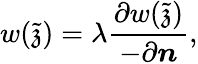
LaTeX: w(\tilde{\mathfrak{z}})=\lambda\frac{\partial w(\tilde{\mathfrak{z}})}{-\partial\boldsymbol{n}},